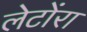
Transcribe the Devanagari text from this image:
लेटोंरा